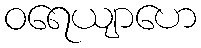
ဝရေယျာဟေ